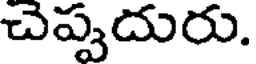
చెప్పదురు.